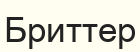
Бриттер